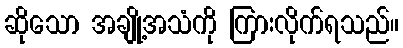
ဆိုသော အချို့အသံကို ကြားလိုက်ရသည်။